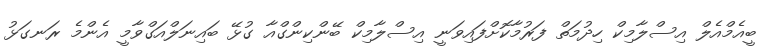
ބީއެމްއެލް އިސްލާމިކް ހިދުމަތް ފަރުމާކޮށްފައިވަނީ އިސްލާމިކް ބޭންކިންގްއާ ގުޅޭ ބައިނަލްއަގްވާމީ އެންމެ ރަނގަޅު